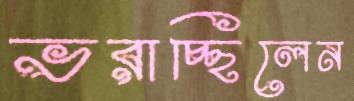
ভরাচ্ছিলেন